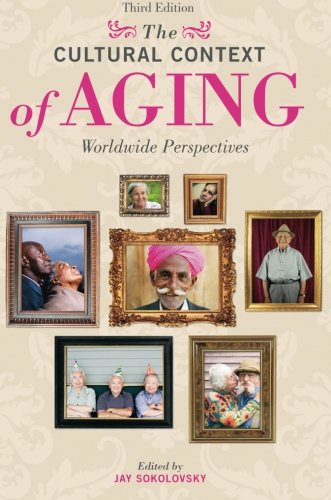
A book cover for The Cultural Context of Aging: Worldwide Perspectives; Politics & Social Sciences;